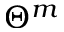
\Theta ^ { m }